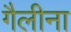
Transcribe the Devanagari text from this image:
गैलीना